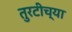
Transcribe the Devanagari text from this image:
तुरटीच्या